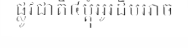
ផ្លូវជាតិ៤ម្តុំអូរដឹមអាច